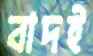
বাদই